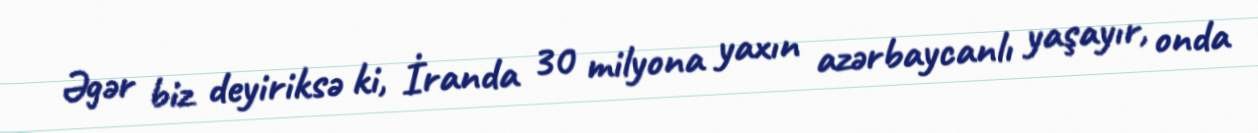
Əgər biz deyiriksə ki, İranda 30 milyona yaxın azərbaycanlı yaşayır, onda